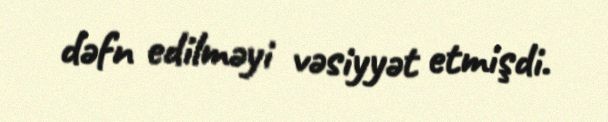
dəfn edilməyi vəsiyyət etmişdi.